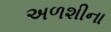
અળશીના